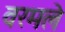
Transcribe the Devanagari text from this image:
वरमले